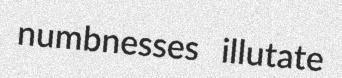
numbnesses illutate